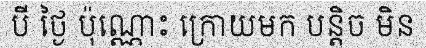
បី ថ្ងៃ ប៉ុណ្ណោះ ក្រោយមក បន្តិច មិន